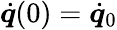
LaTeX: \dot{\boldsymbol{q}}(0)=\dot{\boldsymbol{q}}_{0}